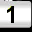
Digit: 1